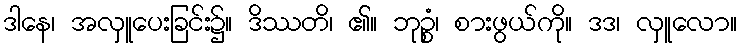
ဒါနေ၊ အလှူပေးခြင်း၌။ ဒိဿတိ၊ ၏။ ဘုဉ္စံ၊ စားဖွယ်ကို။ ဒဒ၊ လှူလော။